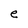
Character: e